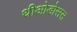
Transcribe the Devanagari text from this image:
थीओडोसस